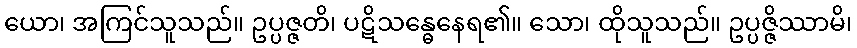
ယော၊ အကြင်သူသည်။ ဥပ္ပဇ္ဇတိ၊ ပဋိသန္ဓေနေရ၏။ သော၊ ထိုသူသည်။ ဥပ္ပဇ္ဇိဿာမိ၊